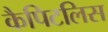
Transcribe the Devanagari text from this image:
कैपिटलिस